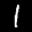
Label: 1